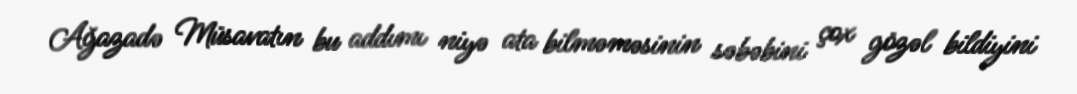
Ağazadə Müsavatın bu addımı niyə ata bilməməsinin səbəbini çox gözəl bildiyini